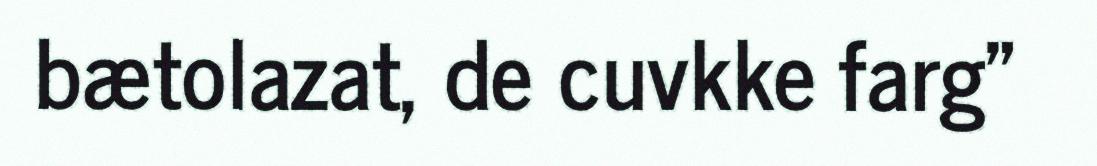
bætolazat, de cuvkke farg"